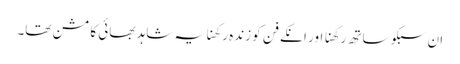
ان سبکو ساتھ رکھنا اور انکے فن کو زندہ رکھنا یہ شاہد بھائی کا مشن تھا۔